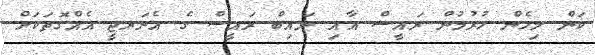
ކަން މިހެން ހުރުމުން ރައީސް އާއި ނައިބް ރައީސް ގެ އެނަރޖީ އެއްގޮތަކަށް